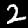
Label: 2